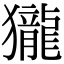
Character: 𪚓